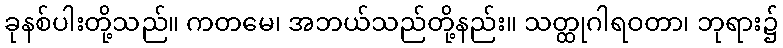
ခုနစ်ပါးတို့သည်။ ကတမေ၊ အဘယ်သည်တို့နည်း။ သတ္ထုဂါရဝတာ၊ ဘုရား၌